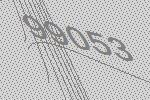
99053